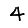
Digit: 4